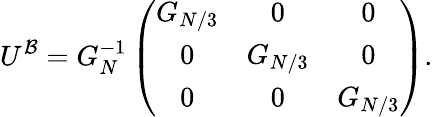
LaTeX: U^{\mathcal{B}}=G_{N}^{-1}\left(\begin{array}{ccc}{G_{N/3}}&{0}&{0}\\ {0}&{G_{N/3}}&{0}\\ {0}&{0}&{G_{N/3}}\end{array}\right).